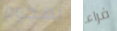
بهجوم فراء